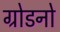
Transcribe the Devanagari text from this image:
ग्रोडनो